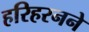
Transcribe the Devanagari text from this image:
हरिहरनने